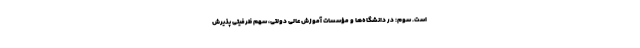
است. سوم: در دانشگاه‌ها و مؤسسات آموزش عالی دولتی، سهم ظرفیتی پذیرش